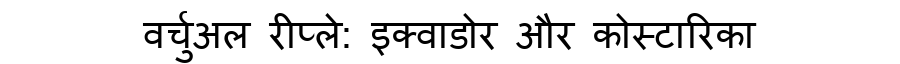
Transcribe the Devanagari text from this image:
वर्चुअल रीप्ले: इक्वाडोर और कोस्टारिका